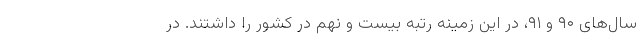
سال‌های ۹۰ و ۹۱، در این زمینه رتبه بیست و نهم در کشور را داشتند. در